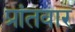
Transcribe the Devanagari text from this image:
प्रांतवार